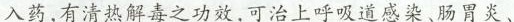
入药,有清热解毒之功效,可治上呼吸道感染、肠胃炎